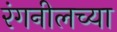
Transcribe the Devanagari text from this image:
रंगनीलच्या